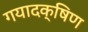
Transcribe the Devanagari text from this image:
गयादक्षिण